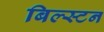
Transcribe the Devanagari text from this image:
बिल्स्टन